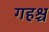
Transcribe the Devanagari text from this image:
गहश्च